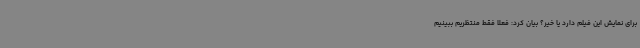
برای نمایش این فیلم‌ دارد یا خیر؟ بیان کرد: فعلا فقط منتظریم ببینیم